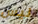
ليس